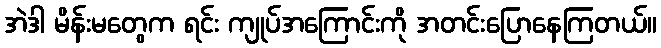
အဲဒါ မိန်းမတွေက ရင်း ကျုပ်အကြောင်းကို အတင်းပြောနေကြတယ်။